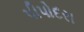
પીપોદરા